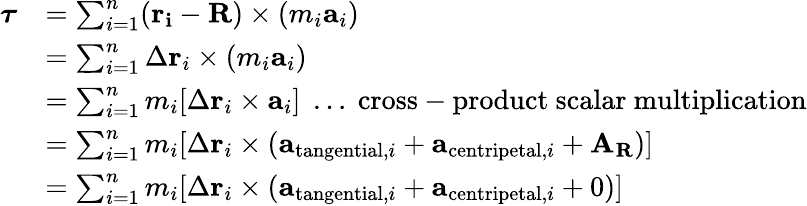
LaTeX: {\begin{array}{rl}{{\boldsymbol{\tau}}}&{=\sum_{i=1}^{n}(\mathbf{r_{i}}-\mathbf{R})\times(m_{i}\mathbf{a}_{i})}\\ &{=\sum_{i=1}^{n}\Delta\mathbf{r}_{i}\times(m_{i}\mathbf{a}_{i})}\\ &{=\sum_{i=1}^{n}m_{i}[\Delta\mathbf{r}_{i}\times\mathbf{a}_{i}]\; \ldots{\mathrm{~cross-product~scalar~multiplication}}}\\ &{=\sum_{i=1}^{n}m_{i}[\Delta\mathbf{r}_{i}\times(\mathbf{a}_{{\mathrm{tangential}},i}+\mathbf{a}_{{\mathrm{centripetal}},i}+\mathbf{A}_{\mathbf{R}})]}\\ &{=\sum_{i=1}^{n}m_{i}[\Delta\mathbf{r}_{i}\times(\mathbf{a}_{{\mathrm{tangential}},i}+\mathbf{a}_{{\mathrm{centripetal}},i}+0)]}\end{array}}